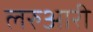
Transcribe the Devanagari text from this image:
लरुआरी